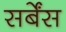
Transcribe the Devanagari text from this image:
सर्बेंस